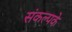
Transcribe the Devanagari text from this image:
संकल्पके